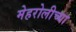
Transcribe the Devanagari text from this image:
मेहरोलीच्या